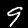
Label: 9